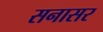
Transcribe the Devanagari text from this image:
सनासर